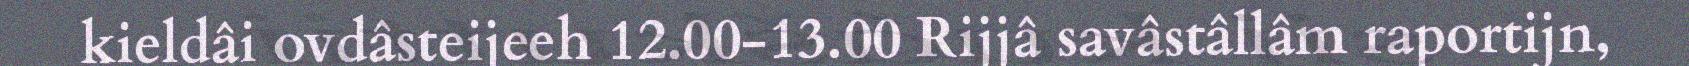
kieldâi ovdâsteijeeh 12.00-13.00 Rijjâ savâstâllâm raportijn,